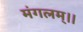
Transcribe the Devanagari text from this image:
मंगलम्।।